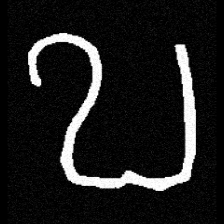
Pyu character \u2014 Myanmar letter: ဎ (romanized: ddha)